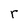
Character: r